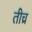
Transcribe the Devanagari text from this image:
तीच्र